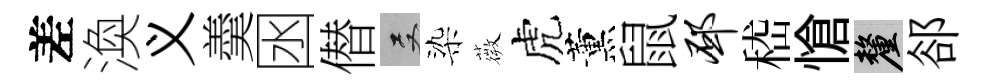
差渙义羮囦僣双染薇虎薰鼠邳嵇愴厘郤